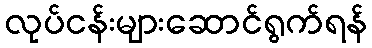
လုပ်ငန်းများဆောင်ရွက်ရန်